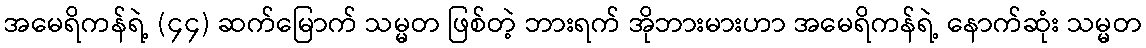
အမေရိကန်ရဲ့ (၄၄) ဆက်မြောက် သမ္မတ ဖြစ်တဲ့ ဘားရက် အိုဘားမားဟာ အမေရိကန်ရဲ့ နောက်ဆုံး သမ္မတ